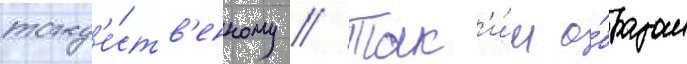
тожд'е́ств'енному // Так'и́м о́бразом